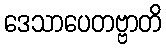
ဒေသာပေတဗ္ဗာတိ